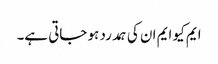
ایم کیو ایم ان کی ہمدرد ہو جاتی ہے۔